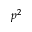
p ^ { 2 }